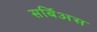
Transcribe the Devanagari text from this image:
सर्बिअस